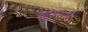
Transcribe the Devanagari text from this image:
मूलतःच